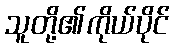
သူတို့၏ကိုယ်ပိုင်